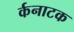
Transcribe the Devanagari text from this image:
र्कनाटक